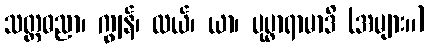
သတ္တဓညာ၊ ကျွန်၊ လယ်၊ ယာ၊ ပုပ္ဖာရာမာဒိ (အများ။)